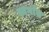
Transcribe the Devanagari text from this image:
स्वर्गांत